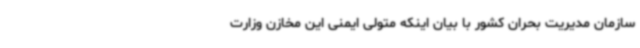
سازمان مدیریت بحران کشور با بیان اینکه متولی ایمنی این مخازن وزارت